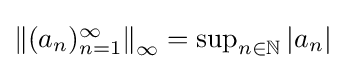
{\textstyle \left\|(a_{n})_{n=1}^{\infty }\right\|_{\infty }=\sup _{n\in \mathbb {N} }|a_{n}|}